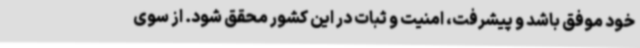
خود موفق باشد و پیشرفت، امنیت و ثبات در این کشور محقق شود. از سوی